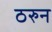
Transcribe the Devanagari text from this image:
ठरुन